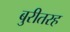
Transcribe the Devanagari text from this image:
बुरीतरह